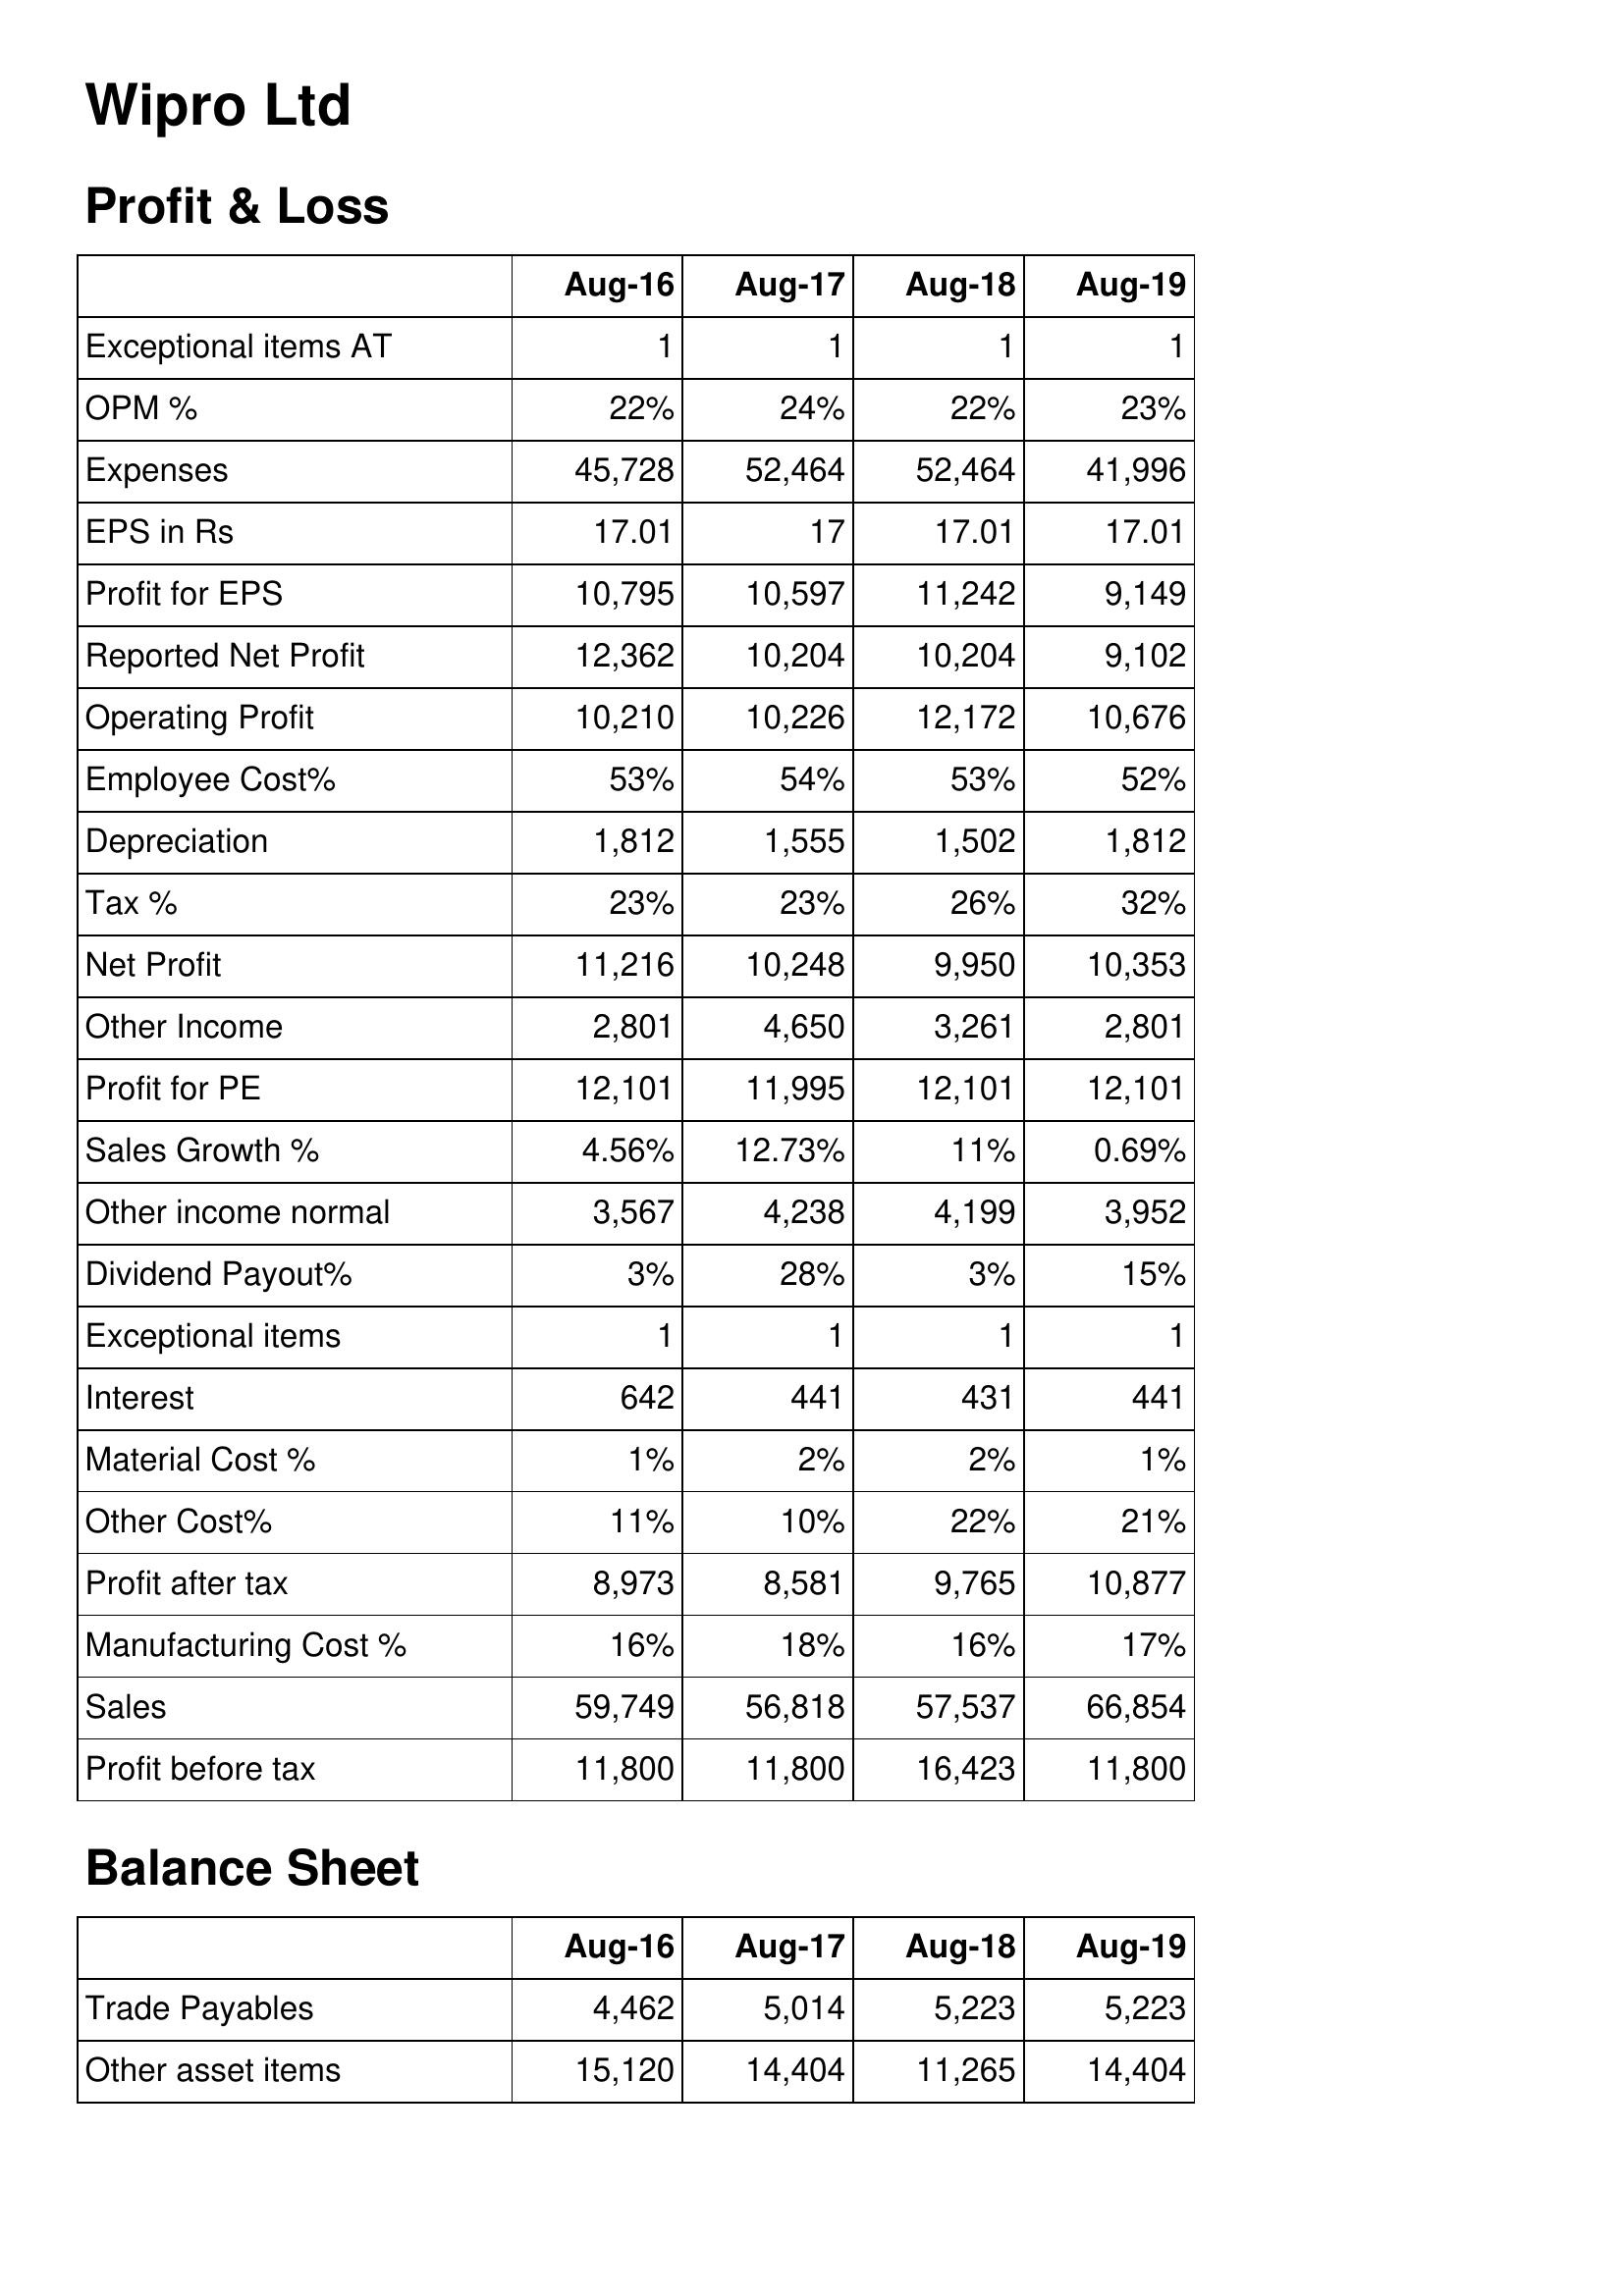
Aug-16: Profit & Loss: Exceptional items AT: 1
OPM %: 22%
Expenses: 45,728
EPS in Rs: 17.01
Profit for EPS: 10,795
Reported Net Profit: 12,362
Operating Profit: 10,210
Employee Cost%: 53%
Depreciation: 1,812
Tax %: 23%
Net Profit: 11,216
Other Income: 2,801
Profit for PE: 12,101
Sales Growth %: 4.56%
Other income normal: 3,567
Dividend Payout%: 3%
Exceptional items: 1
Interest: 642
Material Cost %: 1%
Other Cost%: 11%
Profit after tax: 8,973
Manufacturing Cost %: 16%
Sales: 59,749
Profit before tax: 11,800
Balance Sheet: Trade Payables: 4,462
Other asset items: 15,120
Aug-17: Profit & Loss: Exceptional items AT: 1
OPM %: 24%
Expenses: 52,464
EPS in Rs: 17
Profit for EPS: 10,597
Reported Net Profit: 10,204
Operating Profit: 10,226
Employee Cost%: 54%
Depreciation: 1,555
Tax %: 23%
Net Profit: 10,248
Other Income: 4,650
Profit for PE: 11,995
Sales Growth %: 12.73%
Other income normal: 4,238
Dividend Payout%: 28%
Exceptional items: 1
Interest: 441
Material Cost %: 2%
Other Cost%: 10%
Profit after tax: 8,581
Manufacturing Cost %: 18%
Sales: 56,818
Profit before tax: 11,800
Balance Sheet: Trade Payables: 5,014
Other asset items: 14,404
Aug-18: Profit & Loss: Exceptional items AT: 1
OPM %: 22%
Expenses: 52,464
EPS in Rs: 17.01
Profit for EPS: 11,242
Reported Net Profit: 10,204
Operating Profit: 12,172
Employee Cost%: 53%
Depreciation: 1,502
Tax %: 26%
Net Profit: 9,950
Other Income: 3,261
Profit for PE: 12,101
Sales Growth %: 11%
Other income normal: 4,199
Dividend Payout%: 3%
Exceptional items: 1
Interest: 431
Material Cost %: 2%
Other Cost%: 22%
Profit after tax: 9,765
Manufacturing Cost %: 16%
Sales: 57,537
Profit before tax: 16,423
Balance Sheet: Trade Payables: 5,223
Other asset items: 11,265
Aug-19: Profit & Loss: Exceptional items AT: 1
OPM %: 23%
Expenses: 41,996
EPS in Rs: 17.01
Profit for EPS: 9,149
Reported Net Profit: 9,102
Operating Profit: 10,676
Employee Cost%: 52%
Depreciation: 1,812
Tax %: 32%
Net Profit: 10,353
Other Income: 2,801
Profit for PE: 12,101
Sales Growth %: 0.69%
Other income normal: 3,952
Dividend Payout%: 15%
Exceptional items: 1
Interest: 441
Material Cost %: 1%
Other Cost%: 21%
Profit after tax: 10,877
Manufacturing Cost %: 17%
Sales: 66,854
Profit before tax: 11,800
Balance Sheet: Trade Payables: 5,223
Other asset items: 14,404